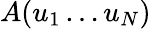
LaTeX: A(u_{1}\dots u_{N})